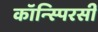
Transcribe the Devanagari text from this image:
कॉन्स्पिरसी